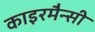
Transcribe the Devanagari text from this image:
काइरमैन्सी